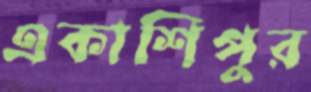
একাশিপুর